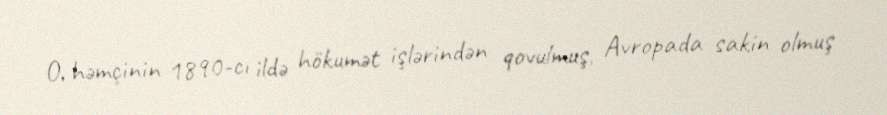
O, həmçinin 1890-cı ildə hökumət işlərindən qovulmuş, Avropada sakin olmuş